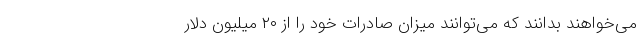
می‌خواهند بدانند که می‌توانند میزان صادرات خود را از ۲۰ میلیون دلار